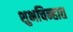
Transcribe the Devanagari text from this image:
शुभचिन्हात